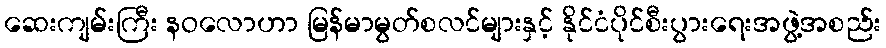
ဆေးကျမ်းကြီး နဝလောဟာ မြန်မာမွတ်စလင်များနှင့် နိုင်ငံပိုင်စီးပွားရေးအဖွဲ့အစည်း